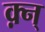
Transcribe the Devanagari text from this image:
क़्न्